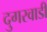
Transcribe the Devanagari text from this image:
दुगरवाडी